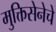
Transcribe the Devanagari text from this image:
मुक्तिसेनेचे